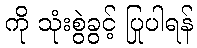
ကို သုံးစွဲခွင့် ပြုပါရန်